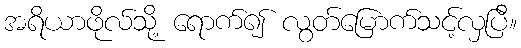
အရိယာဖိုလ်သို့ ရောက်၍ လွတ်မြောက်သင့်လှပြီ။